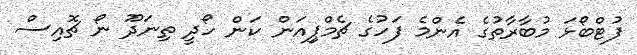
ފުޓްބޯޅަ މުބާރާތުގެ އެންމެ ފަހުގެ ޗެމްޕިިއަން ކަން ހޯދީ ތިނަދޫ ނޯ ޗޮއިސް